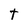
Character: t